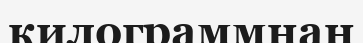
килограммнан